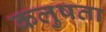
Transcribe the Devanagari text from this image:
कलुषता